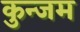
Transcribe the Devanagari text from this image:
कुन्जम